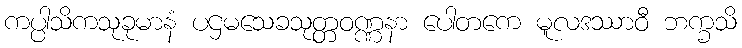
ကပ္ပါသိကသုခုမာနံ ပဌမသေခသုတ္တဝဏ္ဏနာ ပေါတကေ မူလဒဿာဝီ ဘက္ခသိ